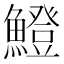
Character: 𫙼